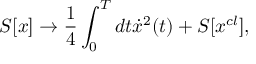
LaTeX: S [ x ] \to \frac { 1 } { 4 } \int _ { 0 } ^ { T } { d t \dot { x } ^ { 2 } } ( t ) + S [ x ^ { c l } ] ,